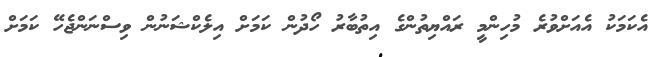
އެކަމަކު އެއަށްވުރެ މުހިންމީ ރައްޔިތުންގެ އިތުބާރު ހޯދުން ކަމަށް އިލެކްޝަނުން ވިސްނަންޖެހޭ ކަމަށް